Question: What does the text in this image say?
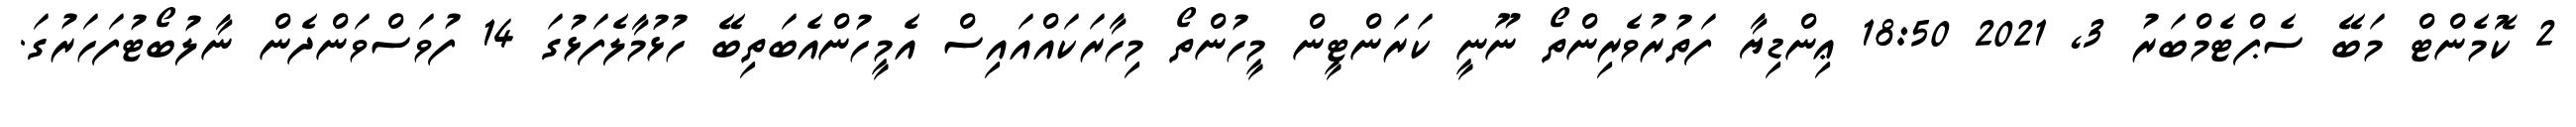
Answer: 2 ކޮމެންޓް މަބޭ ސެޕްޓެމްބަރު 3, 2021 18:50 ޢިންޑިޔާ ފަތުރުވެރިންތޯ ނޫނީ ކަރަންޓީން މީހުންތޯ މިހާރަކައްއައިސް އެމީހުންއެބަތިބޭ ހުޅުމާލެފަޅުގަ 14 ފުވަސްވަންދެން ނާލުބޯޓުފަހަރުގަ.